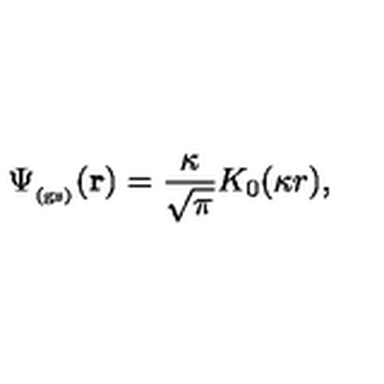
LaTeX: \Psi _ { _ \mathrm { ( g s ) } } ( { \bf r } ) = \frac { \kappa } { \sqrt { \pi } } K _ { 0 } ( \kappa r ) ,